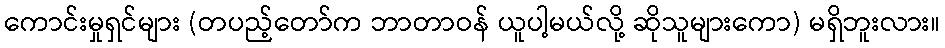
ကောင်းမှုရှင်များ (တပည့်တော်က ဘာတာဝန် ယူပါ့မယ်လို့ ဆိုသူများကော) မရှိဘူးလား။